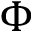
\Phi